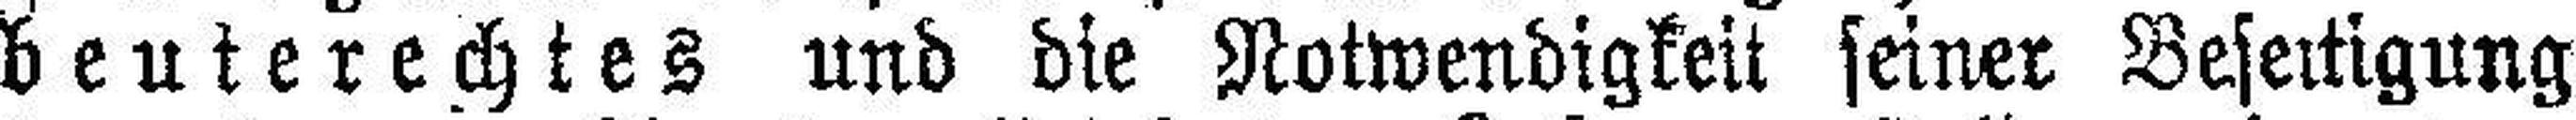
beuterechtes und die Notwendigkeit seiner Beseitigung